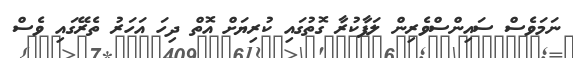
ނަމަވެސް ސައިންސްވެރިން ލަފާކުރާ ގޮތުގައި ކުރިޔަށް އޮތް ދިހަ އަހަރު ތެރޭގައި ވެސް